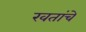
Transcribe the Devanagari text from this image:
खतांचे